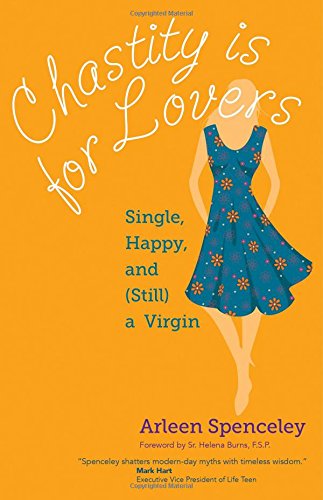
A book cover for Chastity Is for Lovers: Single, Happy, and (Still) a Virgin; Arleen Spenceley; Religion & Spirituality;